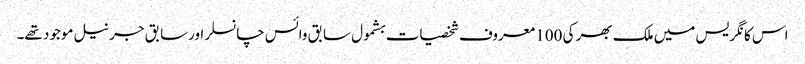
اس کانگریس میں ملک بھر کی 100 معروف شخصیات بشمول سابق وائس چانسلر اورسابق جرنیل موجود تھے۔